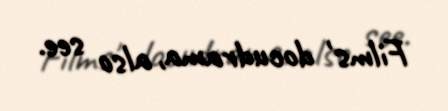
Films' docudrama, also see.